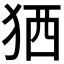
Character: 𤞏